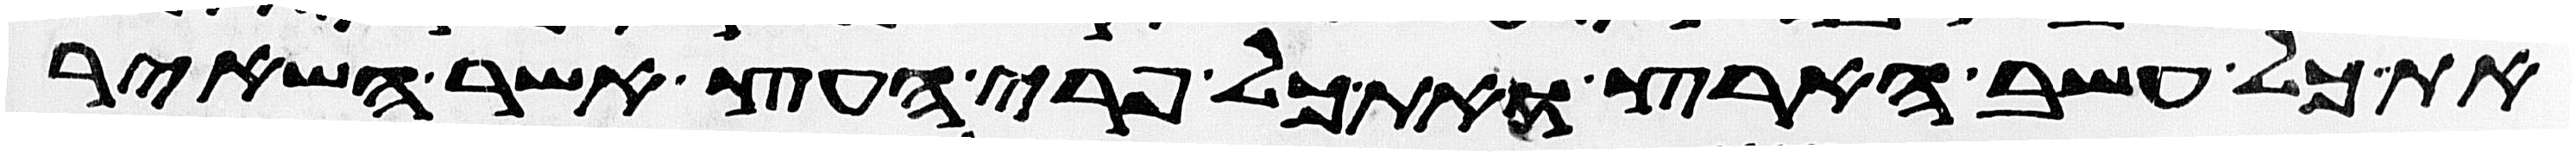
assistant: את כל עשב הארץ ואת כל פרי העץ אשר השאיר